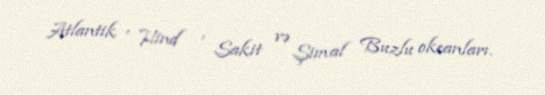
Atlantik , Hind , Sakit və Şimal Buzlu okeanları.